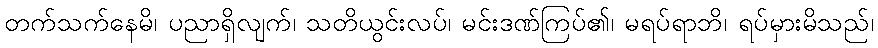
တက်သက်နေမိ၊ ပညာရှိလျက်၊ သတိယွင်းလပ်၊ မင်းဒဏ်ကြပ်၏၊ မရပ်ရာဘိ၊ ရပ်မှားမိသည်၊